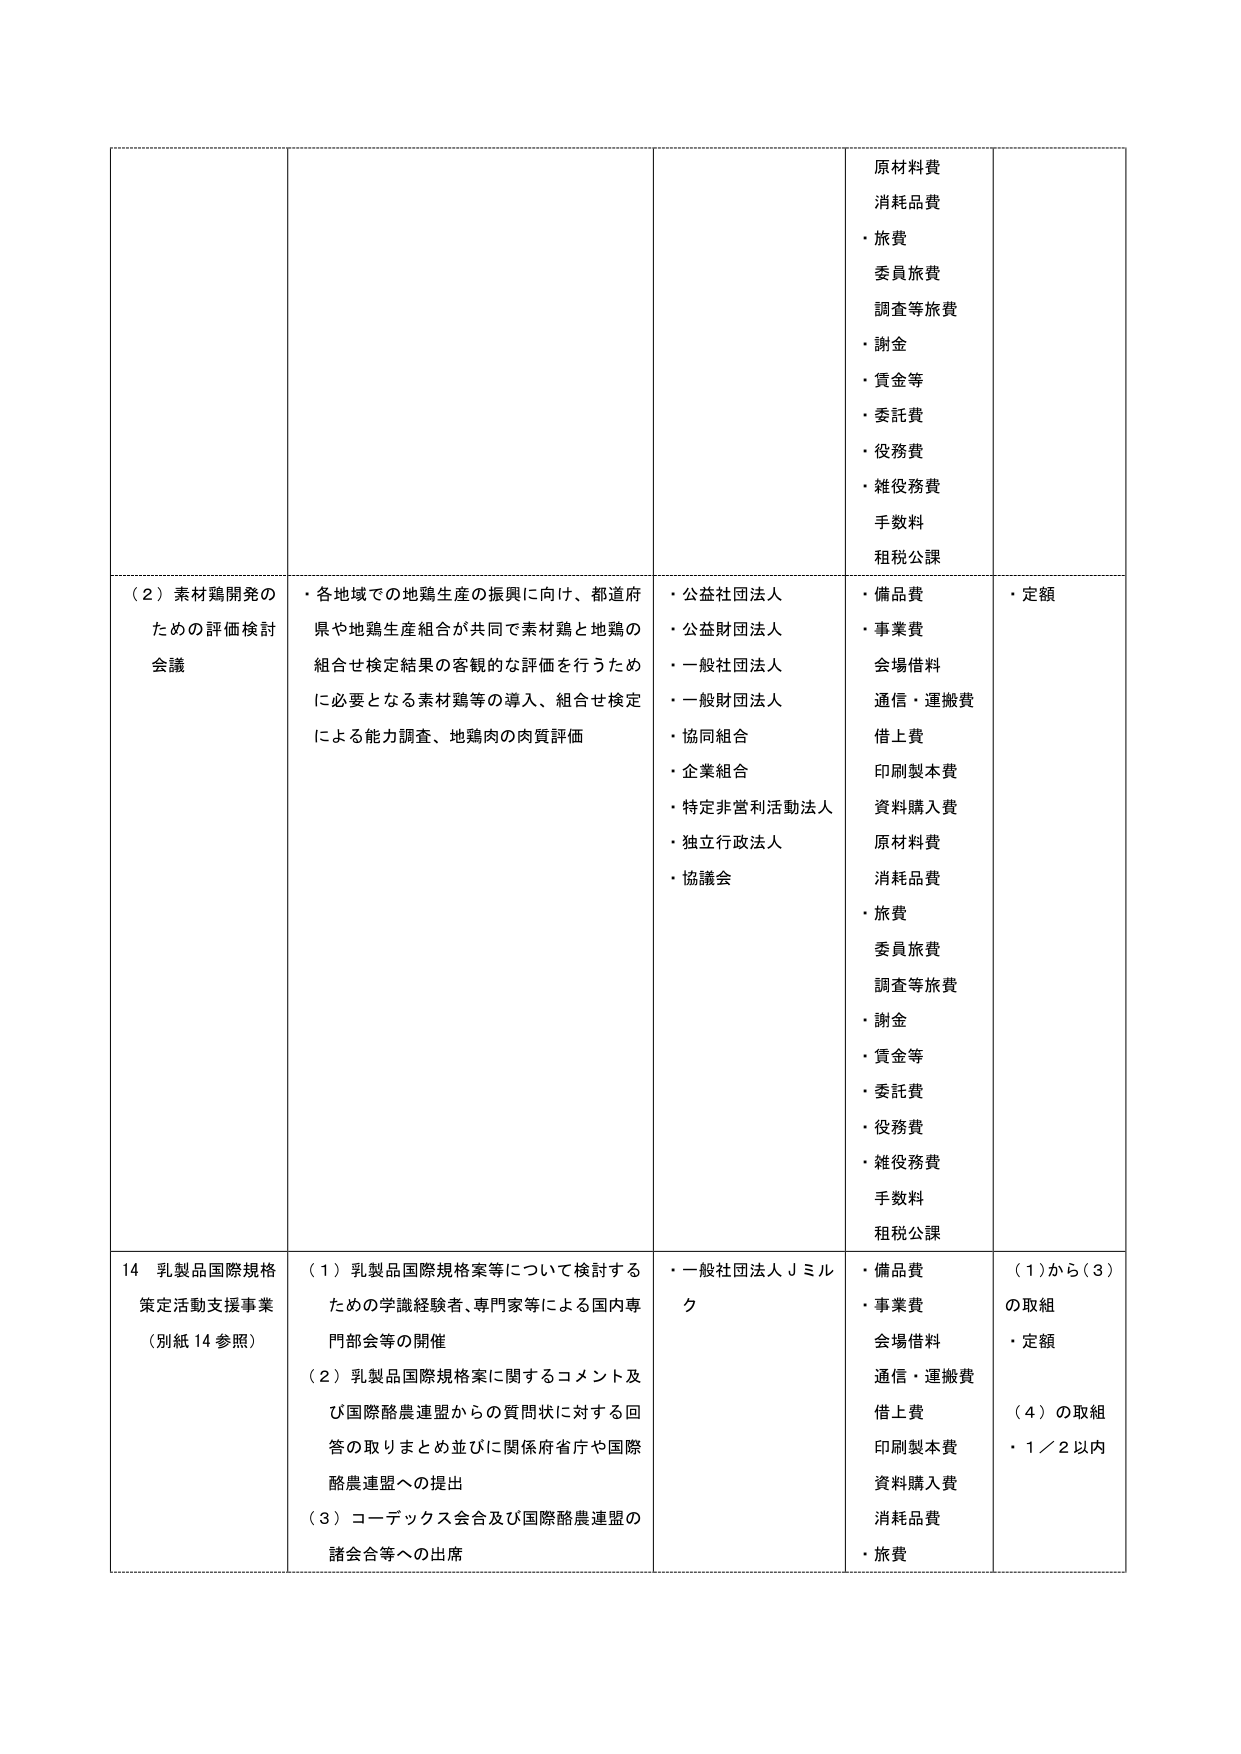
原材料費
消耗品費
・旅費
委員旅費
調査等旅費
・謝金
・賃金等
・委託費
・役務費
・雑役務費
手数料
租税公課

（２）素材鶏開発の
ための評価検討
会議
・各地域での地鶏生産の振興に向け、都道府
県や地鶏生産組合が共同で素材鶏と地鶏の
組合せ検定結果の客観的な評価を行うため
に必要となる素材鶏等の導入、組合せ検定
による能力調査、地鶏肉の肉質評価
・公益社団法人
・公益財団法人
・一般社団法人
・一般財団法人
・協同組合
・企業組合
・特定非営利活動法人
・独立行政法人
・協議会
・備品費
・事業費
会場借料
通信・運搬費
借上費
印刷製本費
資料購入費
原材料費
消耗品費
・旅費
委員旅費
調査等旅費
・謝金
・賃金等
・委託費
・役務費
・雑役務費
手数料
租税公課
・定額

14 乳製品国際規格
策定活動支援事業
（別紙14参照）
（１）乳製品国際規格案等について検討する
ための学識経験者、専門家等による国内専
門部会等の開催
（２）乳製品国際規格案に関するコメント及
び国際酪農連盟からの質問状に対する回
答の取りまとめ並びに関係府省庁や国際
酪農連盟への提出
（３）コーデックス会合及び国際酪農連盟の
諸会合等への出席
・一般社団法人Ｊミルク
・備品費
・事業費
会場借料
通信・運搬費
借上費
印刷製本費
資料購入費
消耗品費
・旅費
（１）から（３）
の取組
・定額
（４）の取組
・１／２以内